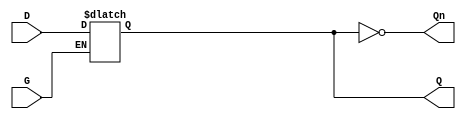
module GatedTransparentLatch (
    input wire D,      // Data Input
    input wire G,      // Gate/Enable Signal
    output reg Q,      // Output
    output wire Qn     // Complement Output
);

    // Assign the complement output
    assign Qn = ~Q;

    // Always block to implement the latch behavior
    always @(*) begin
        if (G) begin
            // When G is high, Q follows D
            Q = D;
        end
        // When G is low, Q retains its last value (hold state)
    end

endmodule